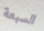
السبعة